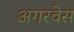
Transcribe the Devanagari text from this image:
अगरवेस